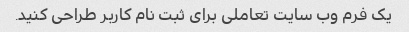
یک فرم وب سایت تعاملی برای ثبت نام کاربر طراحی کنید.